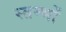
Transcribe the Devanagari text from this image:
स्‍तम्‍भों